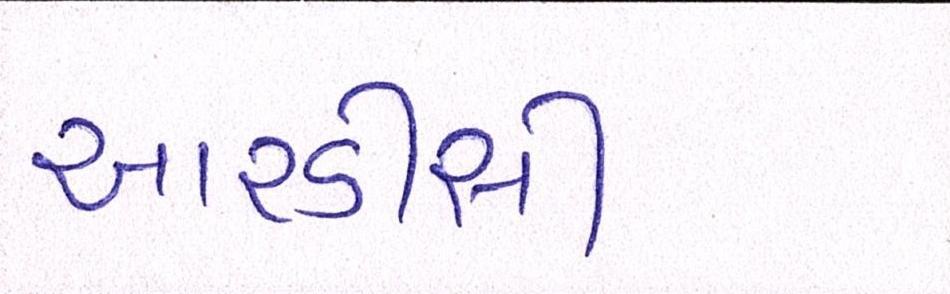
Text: આરડીસી